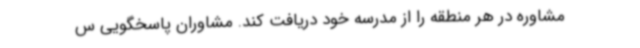
مشاوره در هر منطقه را از مدرسه خود دریافت کند. مشاوران پاسخگویی س